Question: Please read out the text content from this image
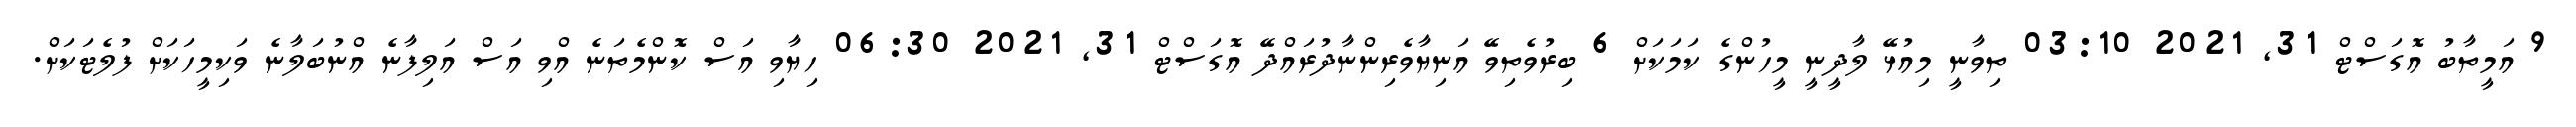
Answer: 9 އަމީތާބު އޮގަސްޓް 31, 2021 03:10 ތިވާނީ މިއުޅޭ ލާދީނީ މީހުންގެ ކަމަކަށް 6 ބިރުވެތިވޭ އަނިޔާވެރިންނާދުރައްދޭ އޮގަސްޓް 31, 2021 06:30 ހިޔާވި އަސް ކޮންމެތަނެ އްވި އަސް އަލިފާނެ އްނުބަލާނެ ވަކިމީހަކަށް ފުލެޓަކަށް.